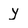
Character: y